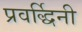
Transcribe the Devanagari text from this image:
प्रवर्द्धिनी